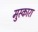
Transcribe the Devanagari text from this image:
मुस्कारा